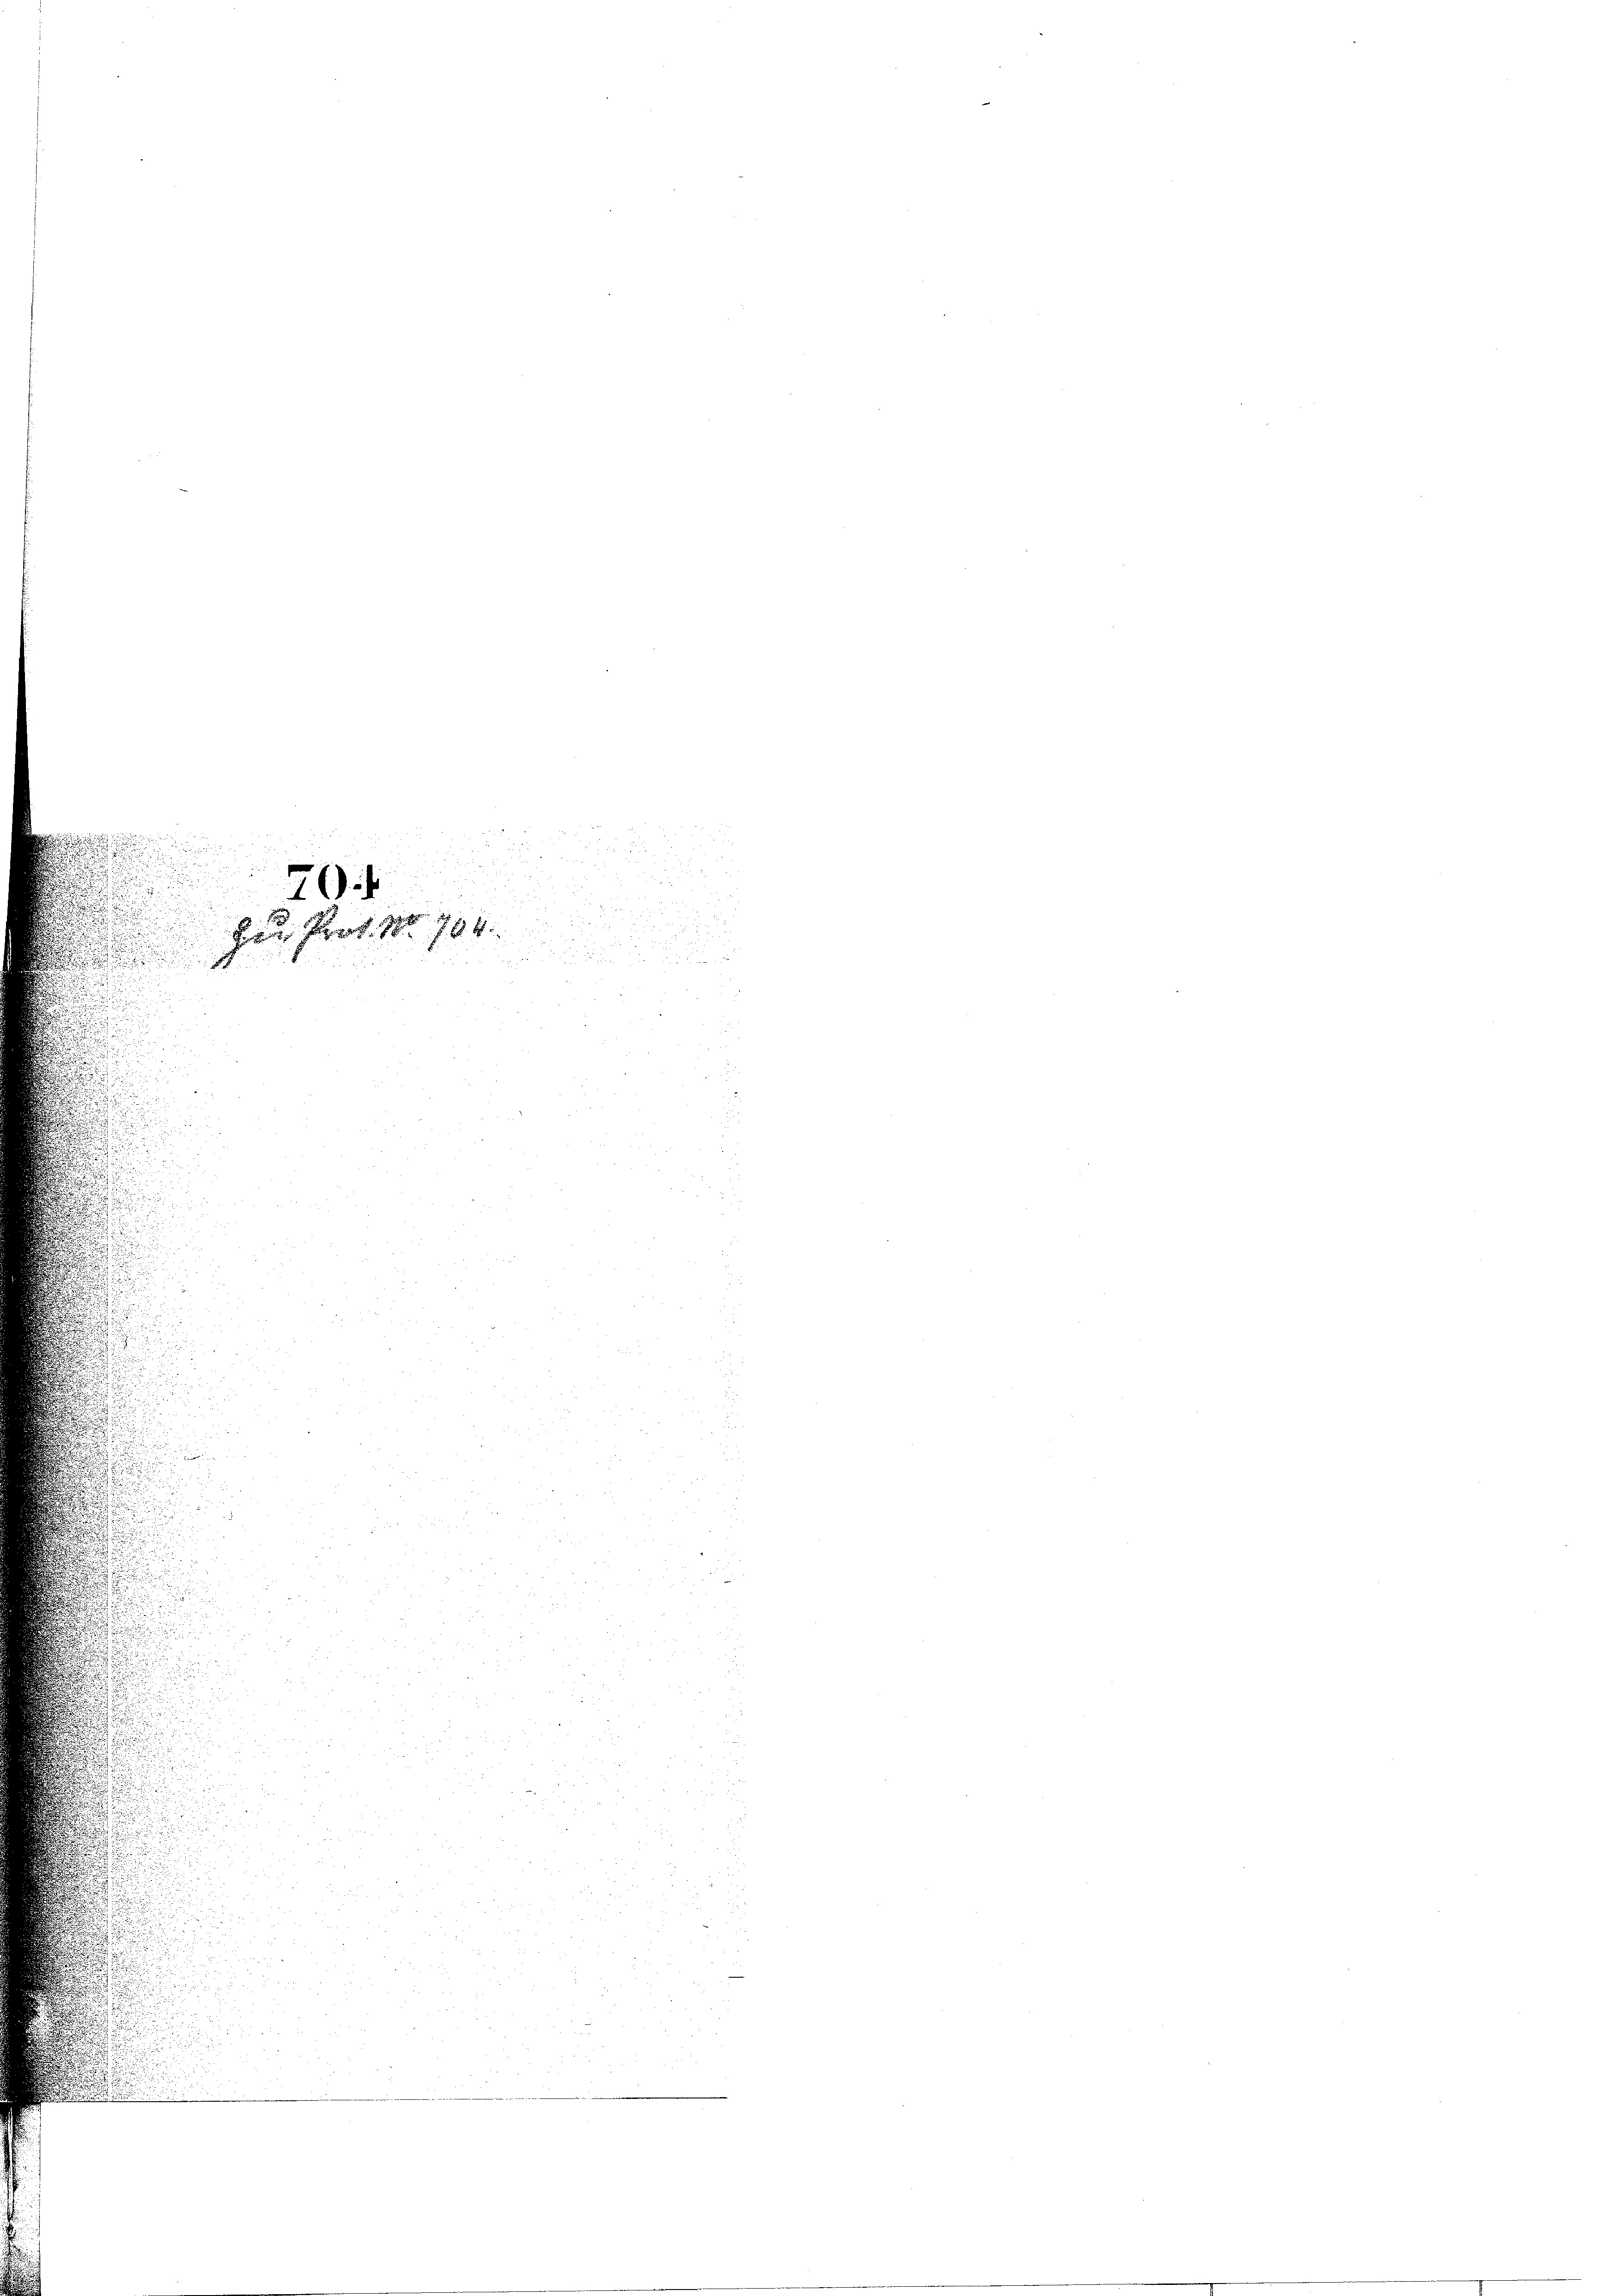
70

Hau Prof. No. 784.
.